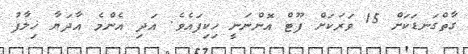
ގާތްގަނޑަކަށް 15 ވަރަކަށް ފޫޓް އޮންނަނީ ހިކިފައެވެ. އަދި އެެންމެ އާދަޔާ ޚިލާފު